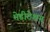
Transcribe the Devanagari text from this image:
मेडीटेशन